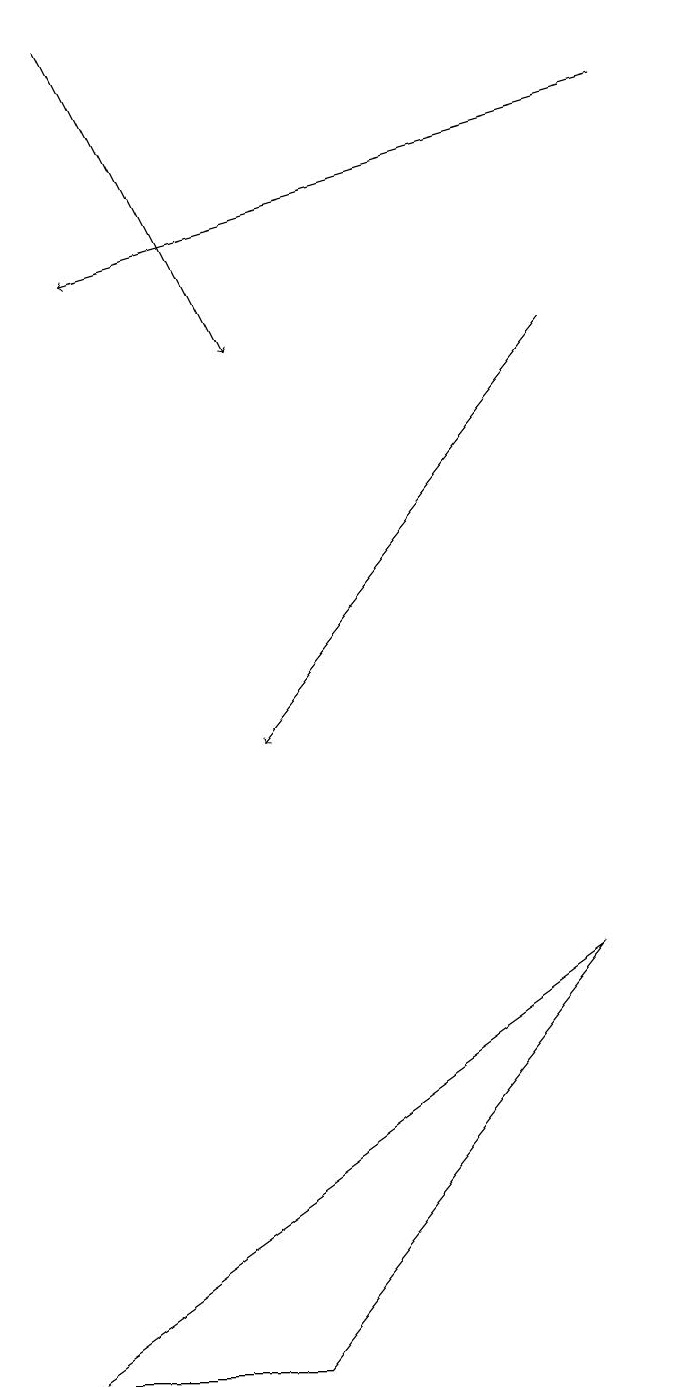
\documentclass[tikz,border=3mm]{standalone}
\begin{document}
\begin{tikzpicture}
\draw (3,2) -- (0,2) -- (7,7) -- cycle;
\draw[->] (8,18) -- (1,16);
\draw[->] (7,15) -- (3,10);
\draw[->] (1,19) -- (3,15);
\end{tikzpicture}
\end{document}